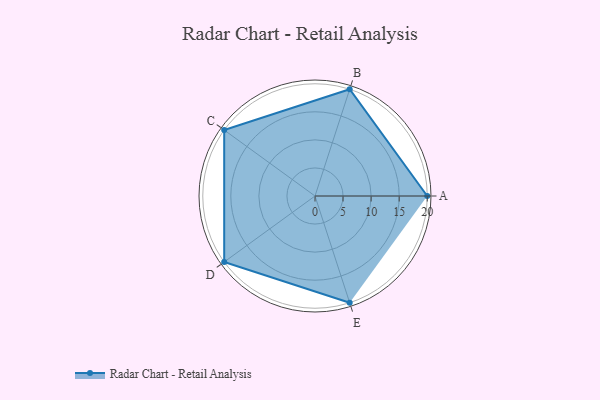
{"axis": {"x": "Skill", "y": "Score"}, "legend": ["Profile"], "data": [{"x": "A", "y": 20, "type": "Profile"}, {"x": "B", "y": 20, "type": "Profile"}, {"x": "C", "y": 20, "type": "Profile"}, {"x": "D", "y": 20, "type": "Profile"}, {"x": "E", "y": 20, "type": "Profile"}]}